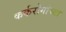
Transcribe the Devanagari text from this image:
कर्करोगांच्या